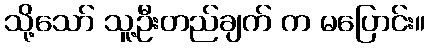
သို့သော် သူ့ဦးတည်ချက် က မပြောင်း။